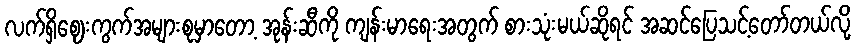
လက်ရှိဈေးကွက်အများစုမှာတော့ အုန်းဆီကို ကျန်းမာရေးအတွက် စားသုံးမယ်ဆိုရင် အဆင်ပြေသင့်တော်တယ်လို့